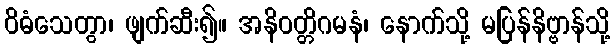
ဝိဓံသေတွာ၊ ဖျက်ဆီး၍။ အနိဝတ္တိဂမနံ၊ နောက်သို့ မပြန်နိဗ္ဗာန်သို့